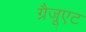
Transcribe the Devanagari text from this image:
ग्रैजूएट